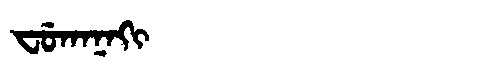
Manchu: ᠸᡠᡴᠠᠨᠠᡴᡳ
Romanization: FUKANAKI